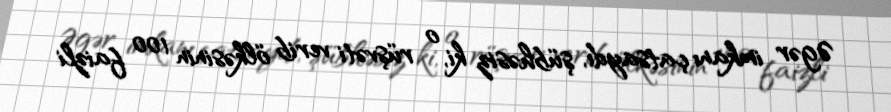
Əgər imkanı çatsaydı, şübhəsiz ki, o rüşvəti verib ölkəsinin 100 faizli